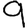
Digit: 9